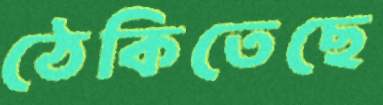
ঠেকিতেছে